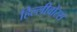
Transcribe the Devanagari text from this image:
हिल्लीवोरस